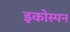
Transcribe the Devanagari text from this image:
इकोस्पन